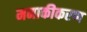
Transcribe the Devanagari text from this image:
मनाकीकरण